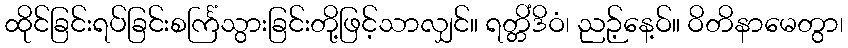
ထိုင်ခြင်းရပ်ခြင်းစင်္ကြံသွားခြင်းတို့ဖြင့်သာလျှင်။ ရတ္တိံဒိဝံ၊ ညဉ့်နေ့ဝ်။ ဝိတိနာမေတွာ၊